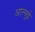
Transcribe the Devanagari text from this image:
आल्त्रुई